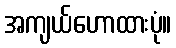
အကျယ်ဟောထားပုံ။